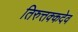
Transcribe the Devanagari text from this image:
तिरुत्तक्कदेव